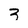
Character: 3